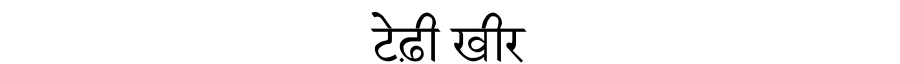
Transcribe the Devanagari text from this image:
टेढ़ी खीर